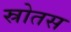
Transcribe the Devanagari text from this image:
स्रोतस